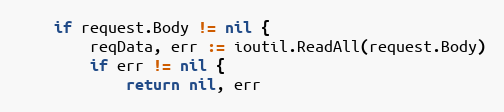
Language: Go
	if request.Body != nil {
		reqData, err := ioutil.ReadAll(request.Body)
		if err != nil {
			return nil, err